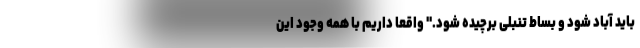
باید آباد شود و بساط تنبلی برچیده شود." واقعا داریم با همه وجود این